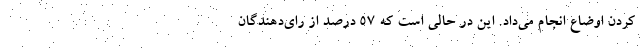
کردن اوضاع انجام می‌داد. این در حالی است که ۵۷ درصد از رای‌دهندگان